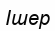
Ішер